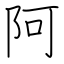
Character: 阿